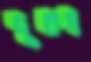
দূরগ